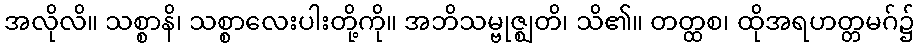
အလိုလိ။ သစ္စာနိ၊ သစ္စာလေးပါးတို့ကို။ အဘိသမ္ဗုဇ္ဈတိ၊ သိ၏။ တတ္ထစ၊ ထိုအရဟတ္တမဂ်၌